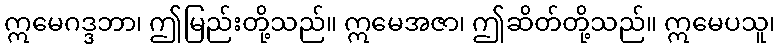
ဣမေဂဒ္ဒဘာ၊ ဤမြည်းတို့သည်။ ဣမေအဇာ၊ ဤဆိတ်တို့သည်။ ဣမေပသူ၊